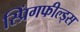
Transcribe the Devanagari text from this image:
स्प्रिंगफील्ड्स